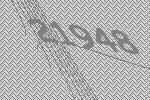
21948